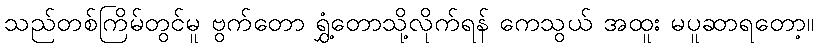
သည်တစ်ကြိမ်တွင်မူ ဗွက်တော ရွှံ့တောသို့လိုက်ရန် ကေသွယ် အထူး မပူဆာရတော့။